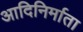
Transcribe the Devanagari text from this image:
आदिनिर्माता